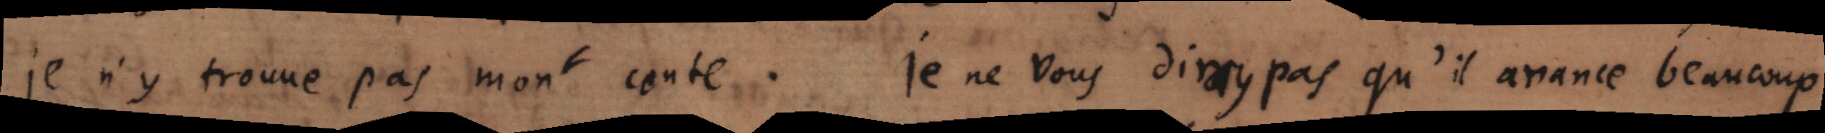
je n’y trouve pas mon conte. Je ne vous diray pas qu’il avance beaucoup